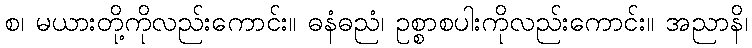
စ၊ မယားတို့ကိုလည်းကောင်း။ ဓနံဓညံ၊ ဥစ္စာစပါးကိုလည်းကောင်း။ အညာနိ၊